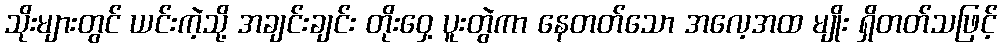
သိုးများတွင် ယင်းကဲ့သို့ အချင်းချင်း တိုးဝှေ့ ပူးတွဲကာ နေတတ်သော အလေ့အထ မျိုး ရှိတတ်သဖြင့်